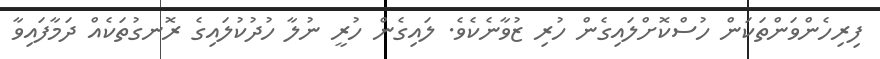
ފިރިހެންވަންތަކަން ހުސްކޮށްލައިގެން ހުރި ޒުވާނެކެވެ. ލައިގެން ހުރީ ނުލާ ހުދުކުލައިގެ ރޮނގުތަކެއް ދަމާފައިވާ